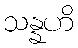
သန္နဟိ